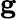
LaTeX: \mathbf{g}